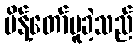
မိန့်တော်မူခဲ့သည်